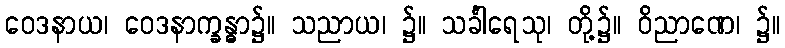
ဝေဒနာယ၊ ဝေဒနာက္ခန္ဓာ၌။ သညာယ၊ ၌။ သင်္ခါရေသု၊ တို့၌။ ဝိညာဏေ၊ ၌။